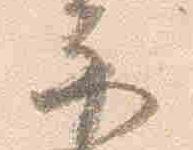
示